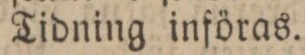
Tidning införas.